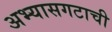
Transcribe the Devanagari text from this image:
अभ्यासगटाची